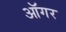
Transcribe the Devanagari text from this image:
ऑगर